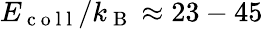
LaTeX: E_{\mathrm{~c~o~l~l~}}/k_{\mathrm{~B~}}\approx 23-45